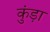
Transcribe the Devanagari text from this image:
कुंड़ा